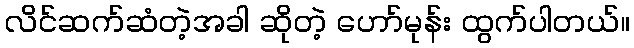
လိင်ဆက်ဆံတဲ့အခါ ဆိုတဲ့ ဟော်မုန်း ထွက်ပါတယ်။